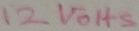
Text: 12VOHS